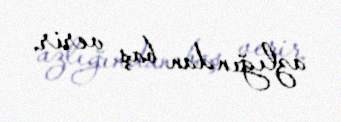
azlığından baş verir.